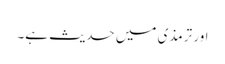
اور ترمذی میں حدیث ہے۔